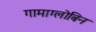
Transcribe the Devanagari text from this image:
गामाग्लोबिन